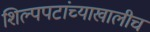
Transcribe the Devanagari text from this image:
शिल्पपटांच्याखालीच